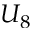
U _ { 8 }